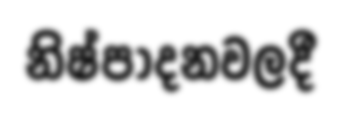
නිෂ්පාදනවලදී